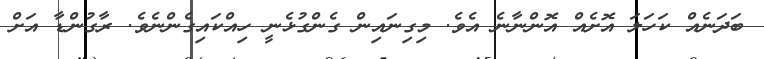
ބަދަނެއް ކަހަލަ އޮށެއް އޮންނާނެ އެވެ. މިގިނައިން ގެންގުޅެނީ ހިއްކައިގެންނެވެ. ރާގުންޑާ އަށް